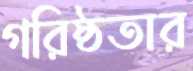
গরিষ্ঠতার